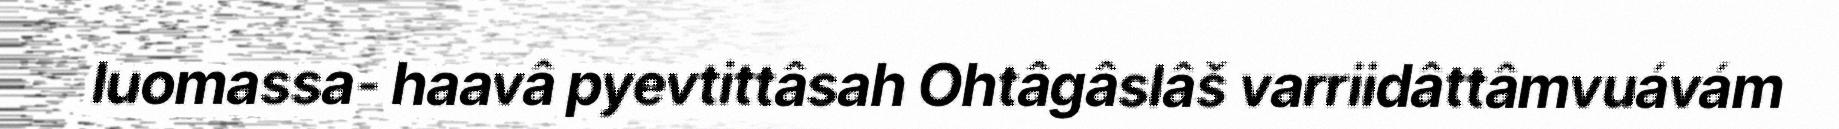
luomassa- haavâ pyevtittâsah Ohtâgâslâš varriidâttâmvuávám